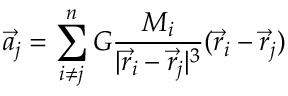
{ \vec { a } } _ { j } = \sum _ { i \neq j } ^ { n } G { \frac { M _ { i } } { | { \vec { r } } _ { i } - { \vec { r } } _ { j } | ^ { 3 } } } ( { \vec { r } } _ { i } - { \vec { r } } _ { j } )